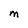
Character: M